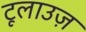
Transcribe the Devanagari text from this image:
टूलाउज़